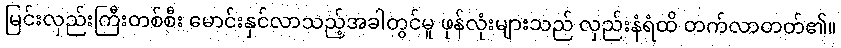
မြင်းလှည်းကြီးတစ်စီး မောင်းနှင်လာသည့်အခါတွင်မူ ဖုန်လုံးများသည် လှည်းနံရံထိ တက်လာတတ်၏။